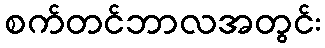
စက်တင်ဘာလအတွင်း